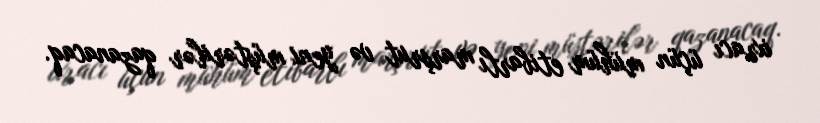
ixracı üçün mühüm etibarlı marşrut və yeni müştərilər qazanacaq.